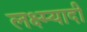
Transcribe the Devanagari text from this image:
लक्ष्म्यादी